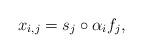
LaTeX: \begin{align*}x_{i,j}=s_j\circ \alpha_i f_j,\end{align*}